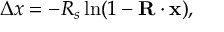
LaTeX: \Delta x = - R _ { s } \ln ( 1 - \mathbf { R } \cdot \mathbf { x } ) ,